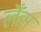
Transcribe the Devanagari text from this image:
लेँस